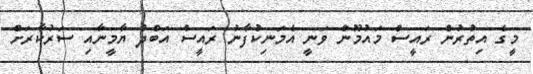
މީގެ އިތުރުން ރައީސް މައުމޫން ވަނީ އެމަނިކުފާނު ރައީސް އަބްދު ޔާމީނާއި ސަރުކާރަށް